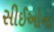
સીઈઓના